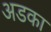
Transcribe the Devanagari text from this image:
अडका